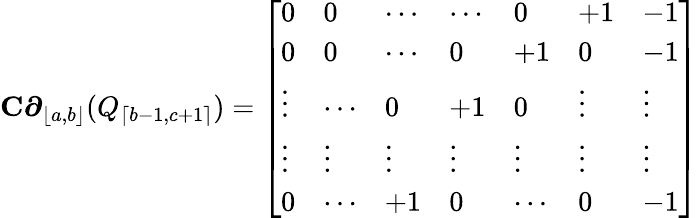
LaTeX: \mathbf{C}\boldsymbol{\partial}_{\lfloor a,b\rfloor}(Q_{\lceil b-1,c+1\rceil})=\left[\begin{array}{lllllll}{0}&{0}&{\cdots}&{\cdots}&{0}&{+1}&{-1}\\ {0}&{0}&{\cdots}&{0}&{+1}&{0}&{-1}\\ {\vdots}&{\cdots}&{0}&{+1}&{0}&{\vdots}&{\vdots}\\ {\vdots}&{\vdots}&{\vdots}&{\vdots}&{\vdots}&{\vdots}&{\vdots}\\ {0}&{\cdots}&{+1}&{0}&{\cdots}&{0}&{-1}\end{array}\right]